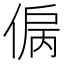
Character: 𰂞